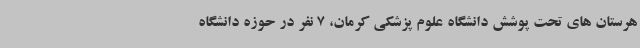
هرستان های تحت پوشش دانشگاه علوم پزشکی کرمان، 7 نفر در حوزه دانشگاه